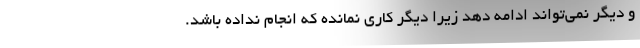
و دیگر نمی‌تواند ادامه دهد زیرا دیگر کاری نمانده که انجام نداده باشد.